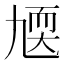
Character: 㐡